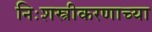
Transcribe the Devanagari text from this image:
निःशस्त्रीकरणाच्या